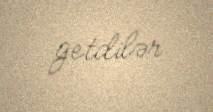
getdilər.